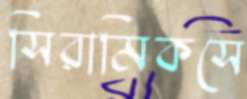
সিরামিকসে